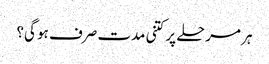
ہر مرحلے پر کتنی مدت صرف ہو گی؟